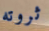
ثروته